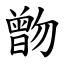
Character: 朆